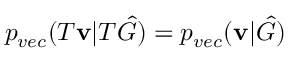
p _ { v e c } ( T \mathbf { v } | T \hat { G } ) = p _ { v e c } ( \mathbf { v } | \hat { G } )